画像に写った文字を読んでください
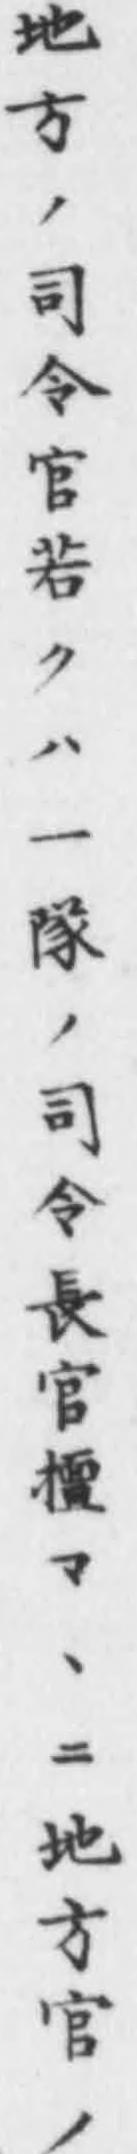
「地方ノ司令官若クハ一隊ノ司令長官𣞀マヽニ地方官ノ」と書いてあります